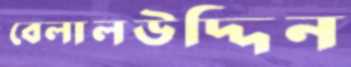
বেলালউদ্দিন